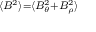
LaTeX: \scriptstyle \langle B ^ { 2 } \rangle = \langle B _ { \theta } ^ { 2 } + B _ { \rho } ^ { 2 } \rangle